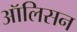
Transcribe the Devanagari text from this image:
ऑलिसन